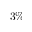
3 \%